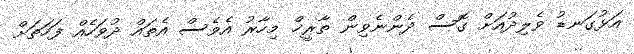
އަޅުގަނޑު ވެލިދުއަށް ގޮސް ދެންނެވިން ތާރީޚް މިހާރު އެވެސް އެތައް ދުވަހެއް ފަހަތަށް